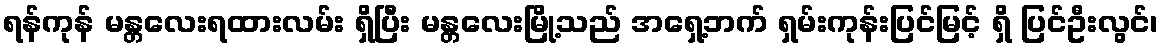
ရန်ကုန် မန္တလေးရထားလမ်း ရှိပြီး မန္တလေးမြို့သည် အရှေ့ဘက် ရှမ်းကုန်းပြင်မြင့် ရှိ ပြင်ဦးလွင်၊